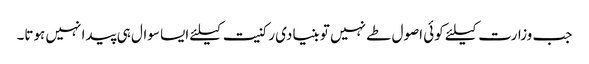
جب وزارت کیلئے کوئی اصول طے نہیں تو بنیادی رکنیت کیلئے ایسا سوال ہی پیدا نہیں ہوتا۔